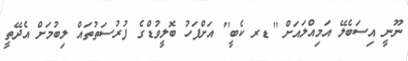
ނޫނީ އިސަބެލޭ އަމިއްލައަށް ''ޑރ ކެބީ'' އަށްފަހު ބޮލީވުޑްގެ ފުރުސަތުތައް ލިބުމަށް އެދޭތީ